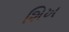
શિખ